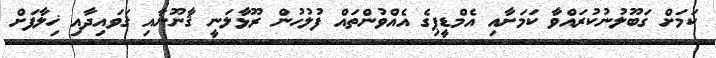
ކަމަށް ގަބޫލުނުކުރައްވާ ކަމަށާއި އެމްޑީޕިގެ އެއްވުންތައް ފުލުހުން ރޫޅާލަނީ ޤާނޫނާއި ޤަވައިދާއި ޚިލާފަށް